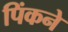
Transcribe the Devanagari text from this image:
पिंकने